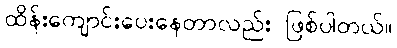
ထိန်းကျောင်းပေးနေတာလည်း ဖြစ်ပါတယ်။